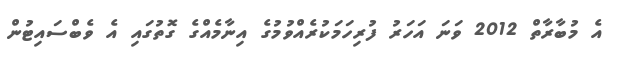
އެ މުބާރާތް 2012 ވަނަ އަހަރު ފުރިހަމަކުރެއްވުމުގެ އިނާމެއްގެ ގޮތުގައި އެ ވެބްސައިޓުން